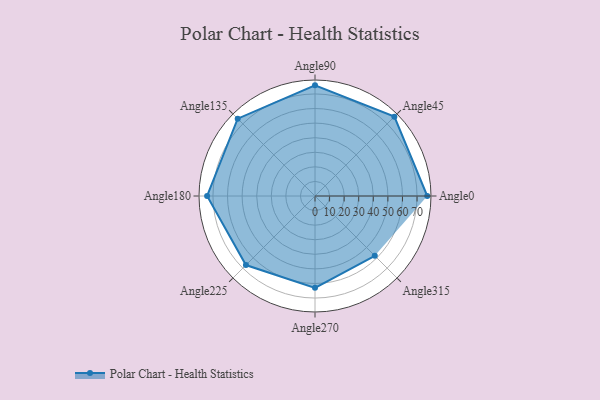
{"axis": {"x": "Angle", "y": "Radius"}, "legend": [""], "data": [{"x": "Angle0", "y": 77.0, "type": ""}, {"x": "Angle45", "y": 77.0, "type": ""}, {"x": "Angle90", "y": 76.0, "type": ""}, {"x": "Angle135", "y": 75.0, "type": ""}, {"x": "Angle180", "y": 74.0, "type": ""}, {"x": "Angle225", "y": 67.0, "type": ""}, {"x": "Angle270", "y": 63.0, "type": ""}, {"x": "Angle315", "y": 58.0, "type": ""}]}